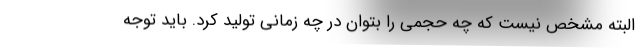
البته مشخص نیست که چه حجمی را بتوان در چه زمانی تولید کرد. باید توجه